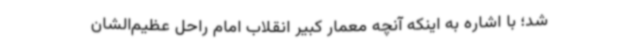
شد؛ با اشاره به اینکه آنچه معمار کبیر انقلاب امام راحل عظیم‌الشان